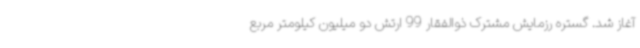
آغاز شد. گستره رزمایش مشترک ذوالفقار 99 ارتش دو میلیون کیلومتر مربع